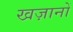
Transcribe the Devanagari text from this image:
खज़ानों